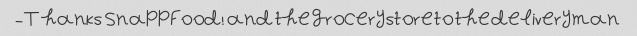
Thanks SnappFood! and the grocery store to the delivery man-